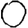
Digit: 0